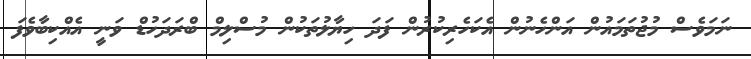
ނަމަވެސް މުޖުތަމައުން އަންހެނުން އެކަހެރިކުރުން ފަދަ ހިޔާލުތަކުން މުސްލިމް ބްރަދަހުޑް ވަނީ އެއްކިބާވެފަ